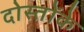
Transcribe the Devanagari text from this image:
दोस्तोंके